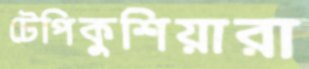
টেপিকুশিয়ারা